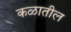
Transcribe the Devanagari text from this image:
कळातील